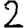
Digit: 2